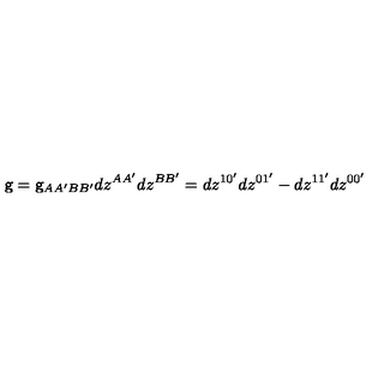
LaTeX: \mathrm { \sf g } = \mathrm { \sf g } _ { A A ^ { \prime } B B ^ { \prime } } d z ^ { A A ^ { \prime } } d z ^ { B B ^ { \prime } } = d z ^ { 1 0 ^ { \prime } } d z ^ { 0 1 ^ { \prime } } - d z ^ { 1 1 ^ { \prime } } d z ^ { 0 0 ^ { \prime } }